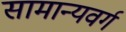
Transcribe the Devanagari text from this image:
सामान्यवर्ग